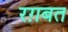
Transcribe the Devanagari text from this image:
रग़बत